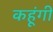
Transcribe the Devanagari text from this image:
कहूंगी